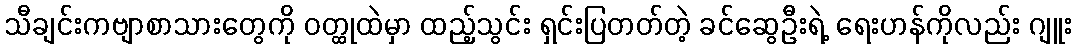
သီချင်းကဗျာစာသားတွေကို ဝတ္ထုထဲမှာ ထည့်သွင်း ရှင်းပြတတ်တဲ့ ခင်ဆွေဦးရဲ့ ရေးဟန်ကိုလည်း ဂျူး